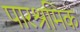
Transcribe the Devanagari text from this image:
पारश्रमिक